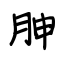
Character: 胂